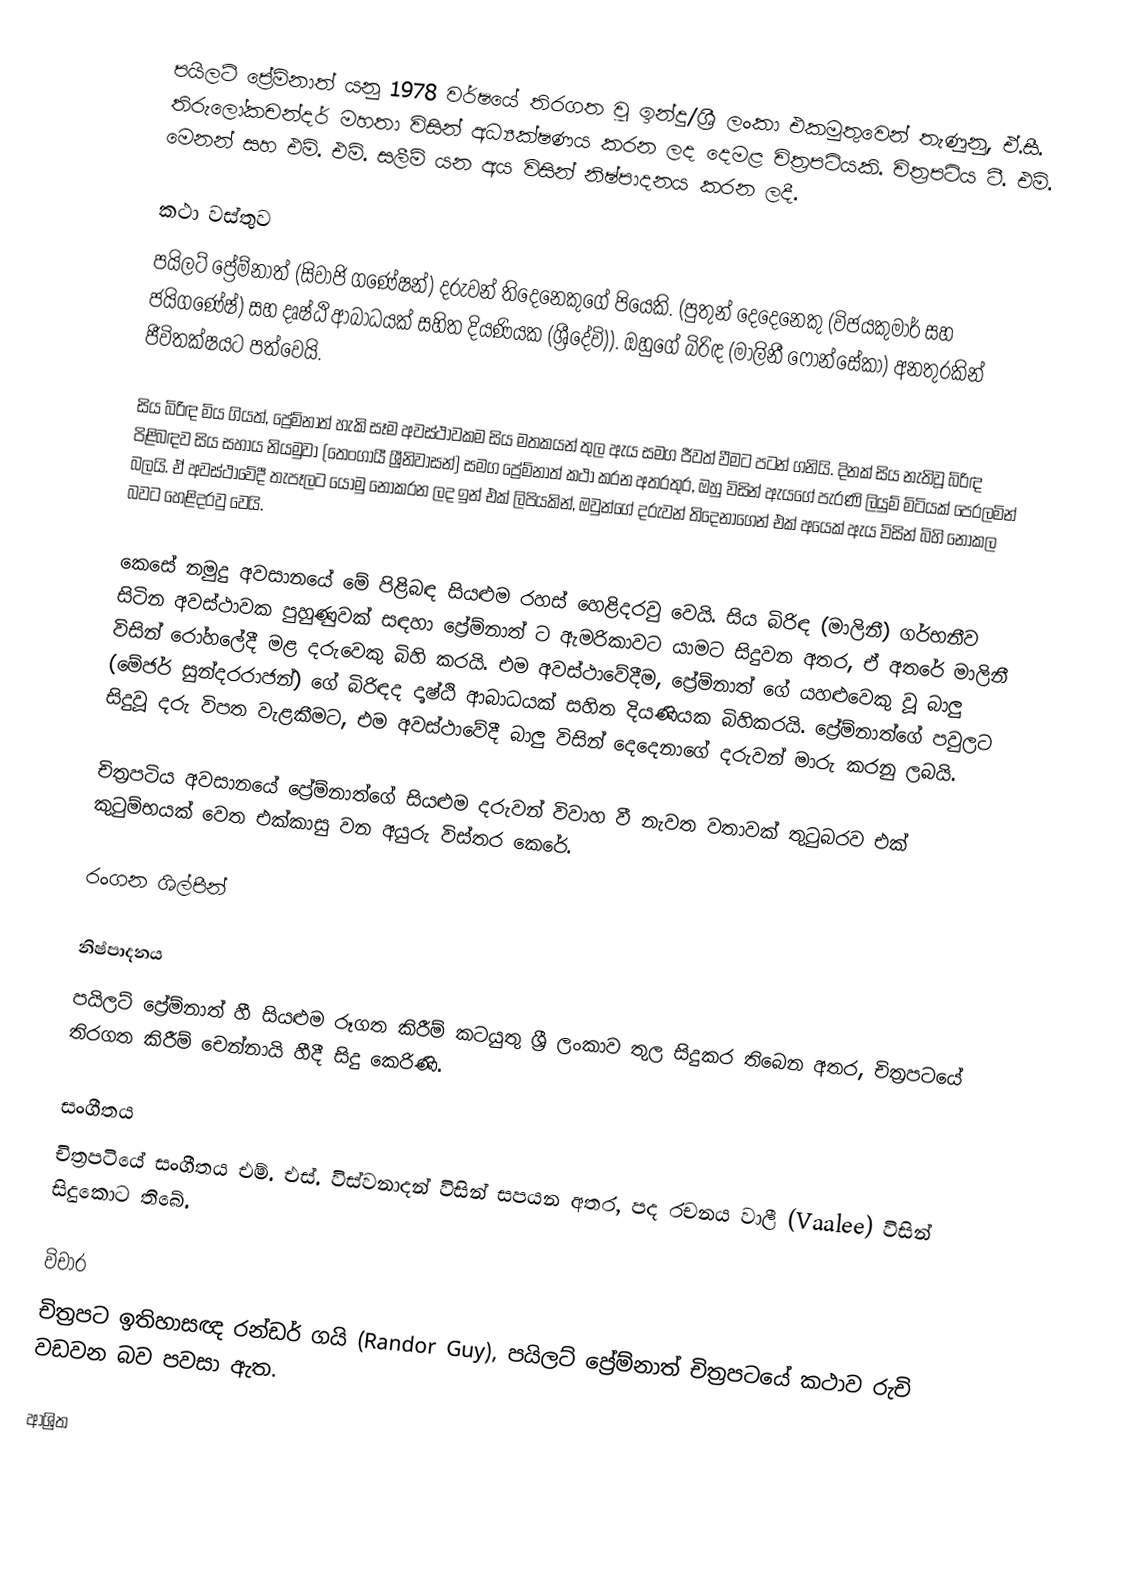
පයිලට් ප්‍රේම්නාත් යනු 1978 වර්ෂයේ තිරගත වූ ඉන්දු/ශ්‍රී ලංකා එකමුතුවෙන් තැණුනු, ඒ.සී. තිරුලෝකචන්දර් මහතා විසින් අධ්‍යක්ෂණය කරන ලද දෙමළ චිත්‍රපටියකි. චිත්‍රපටිය ටී. එම්. මෙනන් සහ එම්. එම්. සලීම් යන අය විසින් නිෂ්පාදනය කරන ලදී.

කථා වස්තුව
පයිලට් ප්‍රේම්නාත් (සිවාජි ගණේෂන්) දරුවන් තිදෙනෙකුගේ පියෙකි. (පුතුන් දෙදෙනෙකු (විජයකුමාර් සහ ජයිගණේෂ්) සහ දෘෂ්ඨි ආබාධයක් සහිත දියණියක (ශ්‍රීදේවි)). ඔහුගේ බිරිඳ (මාලිනී ෆොන්සේකා) අනතුරකින් ජීවිතක්ෂයට පත්වෙයි.

සිය බිරිඳ මිය ගියත්, ප්‍රේම්නාත් හැකි සෑම අවස්ථාවකම සිය මතකයන් තුල ඇය සමග ජීවත් වීමට පටන් ගනියි. දිනක් සිය නැතිවූ බිරිඳ පිළිබඳව සිය සහාය නියමුවා (තෙංගායී ශ්‍රීනිවාසන්) සමග ප්‍රේම්නාත් කථා කරන අතරතුර, ඔහු විසින් ඇයගේ පැරණි ලියුම් මිටියක් පෙරලමින් බලයි. ඒ අවස්ථාවේදී තැපෑලට යොමු නොකරන ලද ඉන් එක් ලිපියකින්, ඔවුන්ගේ දරුවන් තිදෙනාගෙන් එක් අයෙක් ඇය විසින් බිහි නොකල බවට හෙළිදරවු වෙයි.

කෙසේ නමුදු අවසානයේ මේ පිළිබඳ සියළුම රහස් හෙළිදරවු වෙයි. සිය බිරිඳ (මාලිනී) ගර්භනීව සිටින අවස්ථාවක පුහුණුවක් සඳහා ප්‍රේම්නාත් ට ඇමරිකාවට යාමට සිදුවන අතර, ඒ අතරේ මාලිනී විසින් රෝහලේදී මළ දරුවෙකු බිහි කරයි. එම අවස්ථාවේදීම, ප්‍රේම්නාත් ගේ යහළුවෙකු වූ බාලු (මේජර් සුන්දරරාජන්) ගේ බිරිඳද දෘෂ්ඨි ආබාධයක් සහිත දියණියක බිහිකරයි. ප්‍රේම්නාත්ගේ පවුලට සිදුවූ දරු විපත වැළකීමට, එම අවස්ථාවේදී බාලු විසින් දෙදෙනාගේ දරුවන් මාරු කරනු ලබයි.

චිත්‍රපටිය අවසානයේ ප්‍රේම්නාත්ගේ සියළුම දරුවන් විවාහ වී නැවත වතාවක් තුටුබරව එක් කුටුම්භයක් වෙත එක්කාසු වන අයුරු විස්තර කෙරේ.

රංගන ශිල්පීන්

නිෂ්පාදනය
පයිලට් ප්‍රේම්නාත් හී සියළුම රූගත කිරීම් කටයුතු ශ්‍රී ලංකාව තුල සිදුකර තිබෙන අතර, චිත්‍රපටයේ තිරගත කිරීම් චෙන්නායි හීදී සිදු කෙරිණි.

සංගීතය
චිත්‍රපටියේ සංගීතය එම්. එස්. විස්වනාදන් විසින් සපයන අතර, පද රචනය වාලී (Vaalee) විසින් සිදුකොට තිබේ.

විචාර
චිත්‍රපට ඉතිහාසඥ රන්ඩර් ගයි (Randor Guy), පයිලට් ප්‍රේම්නාත් චිත්‍රපටයේ කථාව රුචි වඩවන බව පවසා ඇත.

ආශ්‍රිත